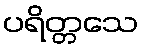
ပရိတ္တသေ